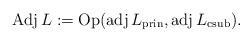
LaTeX: \begin{align*}\operatorname{Adj}L:=\operatorname{Op}(\operatorname{adj}L_\mathrm{prin},\operatorname{adj}L_\mathrm{csub}).\end{align*}